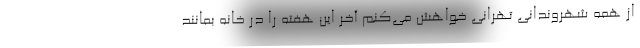
از همه شهروندانی تهرانی خواهش می‌کنم آخر این هفته را در خانه بمانند